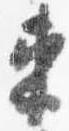
束